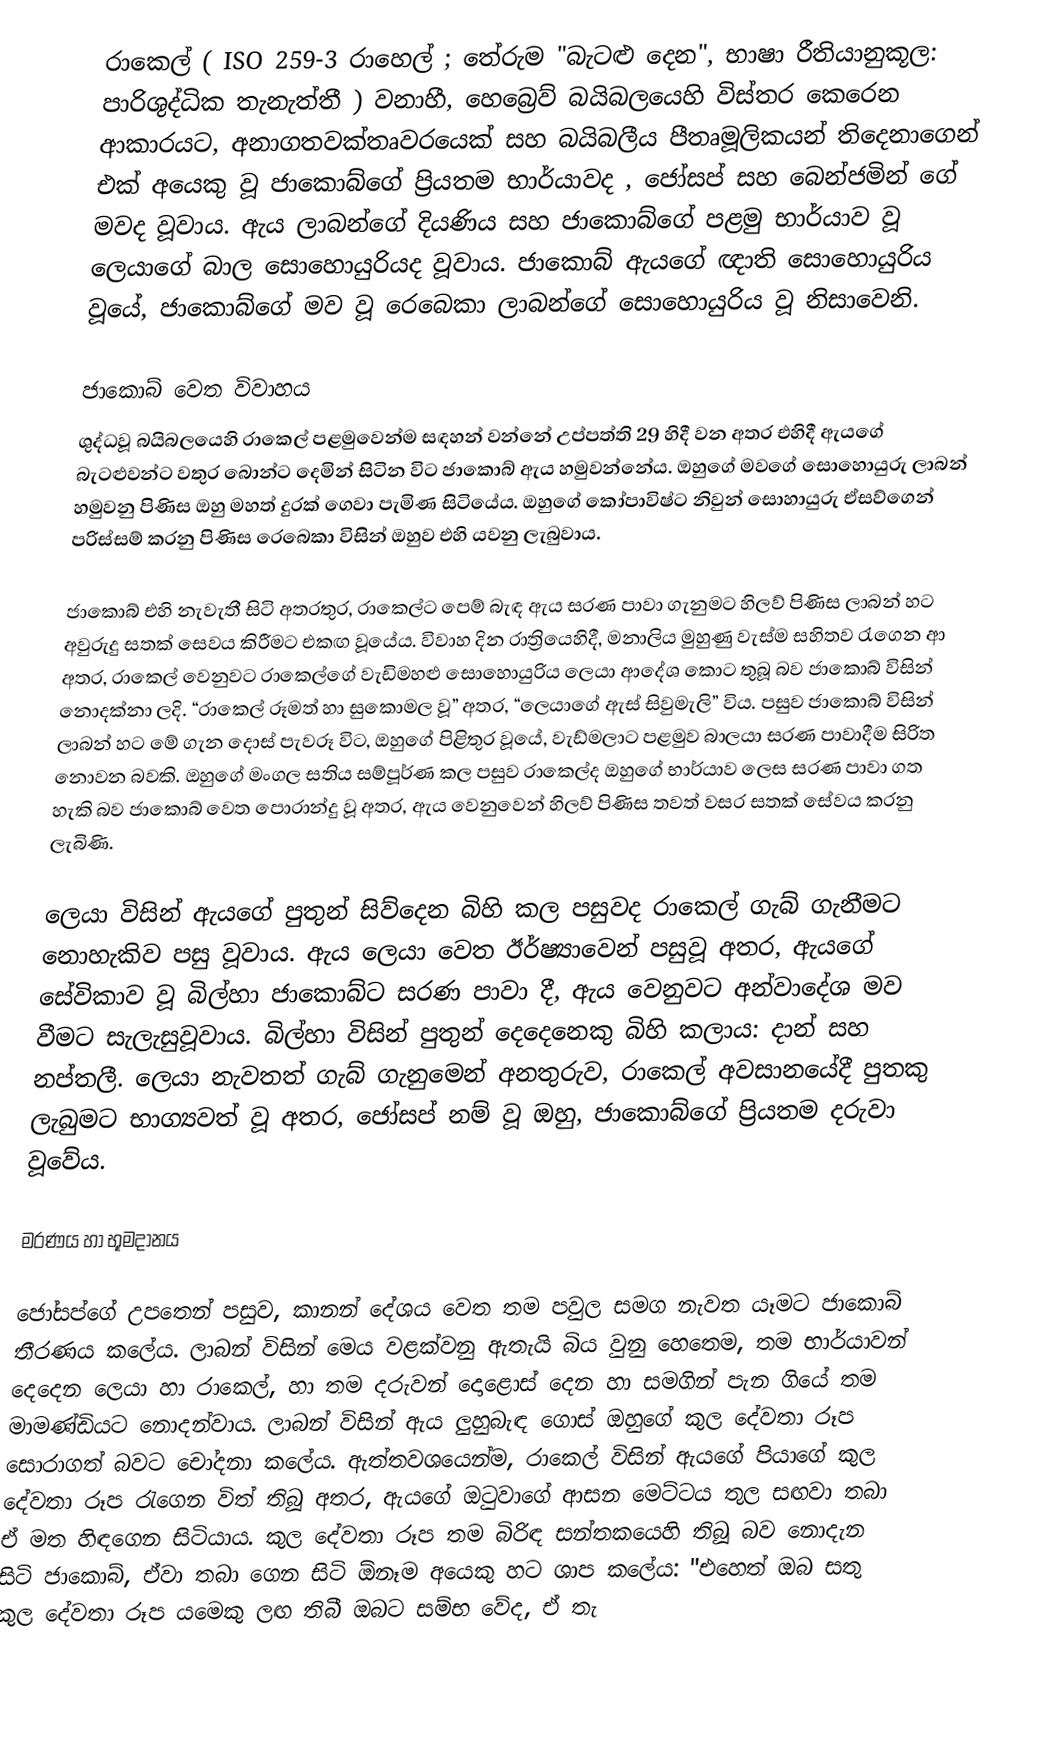
රාකෙල් ( ISO 259-3 රාහෙල් ; තේරුම "බැටළු දෙන", භාෂා රීතියානුකූල: පාරිශුද්ධික තැනැත්තී ) වනාහී, හෙබ්‍රෙව් බයිබලයෙහි විස්තර කෙරෙන ආකාරයට, අනාගතවක්තෘවරයෙක් සහ   බයිබලීය  පීතෘමූලිකයන් තිදෙනාගෙන් එක් අයෙකු වූ ජාකොබ්ගේ ප්‍රියතම භාර්යාවද , ජෝසප් සහ  බෙන්ජමින් ගේ මවද වූවාය. ඇය  ලාබන්ගේ දියණිය සහ ජාකොබ්ගේ පළමු භාර්යාව වූ ලෙයාගේ බාල සොහොයුරියද වූවාය. ජාකොබ් ඇයගේ ඥාති සොහොයුරිය වූයේ, ජාකොබ්ගේ මව වූ  රෙබෙකා ලාබන්ගේ සොහොයුරිය වූ නිසාවෙනි.

ජාකොබ් වෙත විවාහය
ශුද්ධවූ බයිබලයෙහි රාකෙල් පළමුවෙන්ම සඳහන් වන්නේ උප්පත්ති 29 හිදී වන අතර එහිදී  ඇයගේ බැටළුවන්ට වතුර බොන්ට දෙමින් සිටින විට ජාකොබ් ඇය හමුවන්නේය. ඔහුගේ මවගේ සොහොයුරු ලාබන් හමුවනු පිණිස ඔහු මහත් දුරක් ගෙවා පැමිණ සිටියේය. ඔහුගේ කෝපාවිෂ්ට නිවුන් සොහායුරු ඒසව්ගෙන් පරිස්සම් කරනු පිණිස රෙබෙකා විසින් ඔහුව එහි යවනු ලැබුවාය.

ජාකොබ් එහි නැවැතී සිටි අතරතුර, රාකෙල්ට පෙම් බැඳ ඇය සරණ පාවා ගැනුමට හිලව් පිණිස ලාබන් හට අවුරුදු සතක් සෙවය කිරීමට එකඟ වූයේය. විවාහ දින රාත්‍රියෙහිදී, මනාලිය මුහුණු වැස්ම සහිතව රැගෙන ආ අතර, රාකෙල් වෙනුවට රාකෙල්ගේ වැඩිමහළු සොහොයුරිය ලෙයා ආදේශ කොට තුබූ බව ජාකොබ්  විසින් නොදක්නා ලදි. “රාකෙල් රූමත් හා සුකොමල වූ”  අතර, “ලෙයාගේ ඇස් සිවුමැලි” විය. පසුව ජාකොබ් විසින් ලාබන් හට මේ ගැන දොස් පැවරූ විට, ඔහුගේ පිළිතුර වූයේ, වැඩ්මලාට පළමුව බාලයා සරණ පාවාදීම සිරිත නොවන බවකි. ඔහුගේ මංගල සතිය සම්පූර්ණ කල පසුව  රාකෙල්ද ඔහුගේ භාර්යාව ලෙස සරණ පාවා ගත හැකි බව ජාකොබ් වෙත පොරාන්දු වූ අතර, ඇය වෙනුවෙන් හිලව් පිණිස  තවත් වසර සතක් සේවය කරනු ලැබිණි.

ලෙයා විසින් ඇයගේ පුතුන් සිව්දෙන බිහි කල පසුවද රාකෙල් ගැබ් ගැනීමට නොහැකිව පසු වූවාය. ඇය ලෙයා වෙත ඊර්ෂ්‍යාවෙන් පසුවූ අතර, ඇයගේ සේවිකාව වූ  බිල්හා ජාකොබ්ට සරණ පාවා දී, ඇය වෙනුවට අන්වාදේශ මව වීමට සැලැසුවූවාය. බිල්හා විසින් පුතුන් දෙදෙනෙකු බිහි කලාය: දාන් සහ නප්තලී. ලෙයා නැවතත් ගැබ් ගැනුමෙන් අනතුරුව, රාකෙල් අවසානයේදී පුතකු ලැබුමට භාග්‍යවත් වූ අතර, ජෝසප් නම් වූ ඔහු, ජාකොබ්ගේ ප්‍රියතම දරුවා වූවේය.

මරණය හා  භූමදානය

ජෝසප්ගේ උපතෙන් පසුව, කානන් දේශය වෙත තම පවුල සමග නැවත යෑමට ජාකොබ් තීරණය කලේය. ලාබන් විසින් මෙය වළක්වනු ඇතැයි බිය වුනු හෙතෙම,  තම භාර්යාවන් දෙදෙන ලෙයා හා රාකෙල්, හා තම දරුවන් දොළොස් දෙන හා සමගින් පැන ගියේ තම මාමණ්ඩියට නොදන්වාය. ලාබන් විසින් ඇය ලුහුබැඳ ගොස් ඔහුගේ  කුල දේවතා රූප සොරාගත් බවට චෝදනා කලේය. ඇත්තවශයෙන්ම, රාකෙල් විසින් ඇයගේ පියාගේ කුල දේවතා රූප රැගෙන විත් තිබූ අතර, ඇයගේ ඔටුවාගේ ආසන මෙට්ටය තුල සඟවා තබා ඒ මත හිඳගෙන සිටියාය. කුල දේවතා රූප තම බිරිඳ සන්තකයෙහි තිබූ බව නොදැන සිටි ජාකොබ්, ඒවා තබා ගෙන සිටි ඕනෑම අයෙකු හට ශාප කලේය: "එහෙත් ඔබ සතු කුල දේවතා රූප යමෙකු ලඟ තිබී ඔබට සම්භ වේද, ඒ තැ